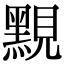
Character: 𪑈